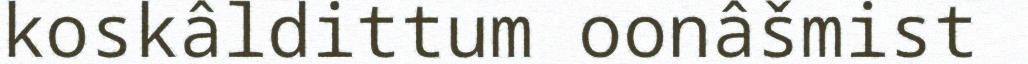
koskâldittum oonâšmist